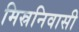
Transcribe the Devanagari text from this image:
मिस्रनिवासी